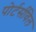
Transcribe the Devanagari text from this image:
पोर्टर्सविल